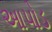
આપોડ